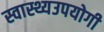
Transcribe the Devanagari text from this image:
स्वास्थ्यउपयोगी